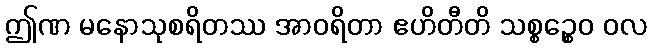
ဤဏ မနောသုစရိတဿ အာဝရိတာ ဧဟိတီတိ သစ္စဉ္စေဝ ဝလ